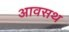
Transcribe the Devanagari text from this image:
आवसथ